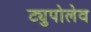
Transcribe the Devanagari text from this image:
ट्युपोलेव